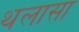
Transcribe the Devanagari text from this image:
थलासा